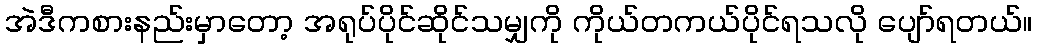
အဲဒီကစားနည်းမှာတော့ အရုပ်ပိုင်ဆိုင်သမျှကို ကိုယ်တကယ်ပိုင်ရသလို ပျော်ရတယ်။